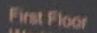
first